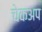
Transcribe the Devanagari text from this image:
चेकअप